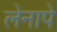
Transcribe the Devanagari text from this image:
लेनापे